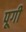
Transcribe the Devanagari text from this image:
पूगी